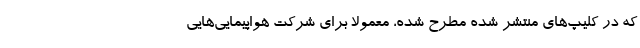
که در کلیپ‌های منتشر شده مطرح شده، معمولا برای شرکت هواپیمایی‌هایی